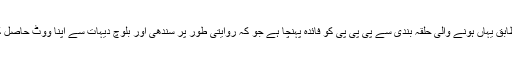
ان کے مطابق یہاں ہونے والی حلقہ بندی سے پی پی پی کو فائدہ پہنچا ہے جو کہ روایتی طور پر سندھی اور بلوچ دیہات سے اپنا ووٹ حاصل کرتی ہے۔